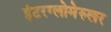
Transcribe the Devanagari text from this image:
इंटरग्लोमेरुलर